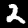
Digit: 2